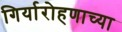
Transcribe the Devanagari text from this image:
गिर्यारोहणाच्या